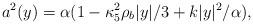
LaTeX: \begin{align*}a^2(y)=\alpha(1-\kappa^2_5\rho_b |y|/3+k|y|^2/\alpha),\end{align*}